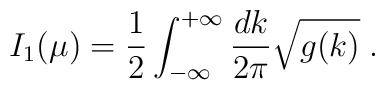
I_1(\mu)={1\over 2} \int_{-\infty}^{+\infty} \frac {dk} {2 \pi} {\sqrt{g(k)}} \; .